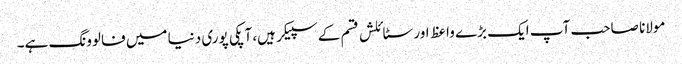
مولانا صاحب آپ ایک بڑے واعظ اور سٹائلش قسم کے سپیکر ہیں، آپکی پوری دنیا میں فالوونگ ہے۔